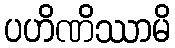
ပဟိဏိဿာမိ